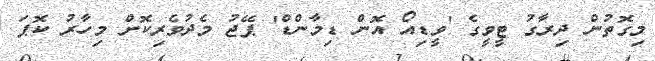
މިގޮތުން ދިރާގު ޓީވީގެ 'ވީޑިއޯ އޮން ޑިމާންޑް' ޕޭޖު މެދުވެރިކޮށް މިހާރު ކޮޕަ